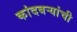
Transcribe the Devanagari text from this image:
कांदबर्‍यांची